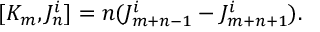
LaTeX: [ K _ { m } , J _ { n } ^ { i } ] = n ( J _ { m + n - 1 } ^ { i } - J _ { m + n + 1 } ^ { i } ) .